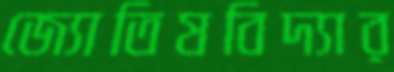
জ্যোতিষবিদ্যার